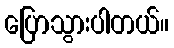
ပြောသွားပါတယ်။